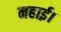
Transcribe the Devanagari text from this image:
नहाई।